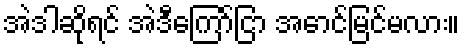
အဲဒါဆိုရင် အဲဒီကြော်ငြာ အောင်မြင်မလား။